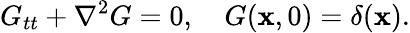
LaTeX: G_{tt}+\nabla^{2}G=0,\quad G(\mathbf{x},0)=\delta(\mathbf{x}).